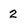
Character: 2